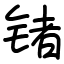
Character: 锗